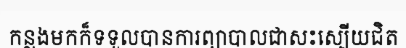
កន្លងមកក៏ទទួលបានការព្យាបាលជាសះស្បើយជិត